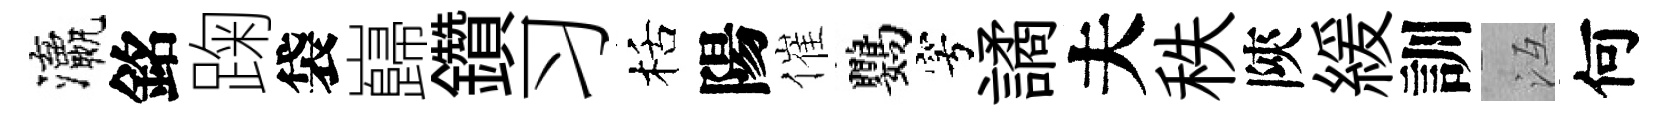
瀛銘踘袋巋鑽习栝陽催鸚穹譎夫秩陝緩訓冱何